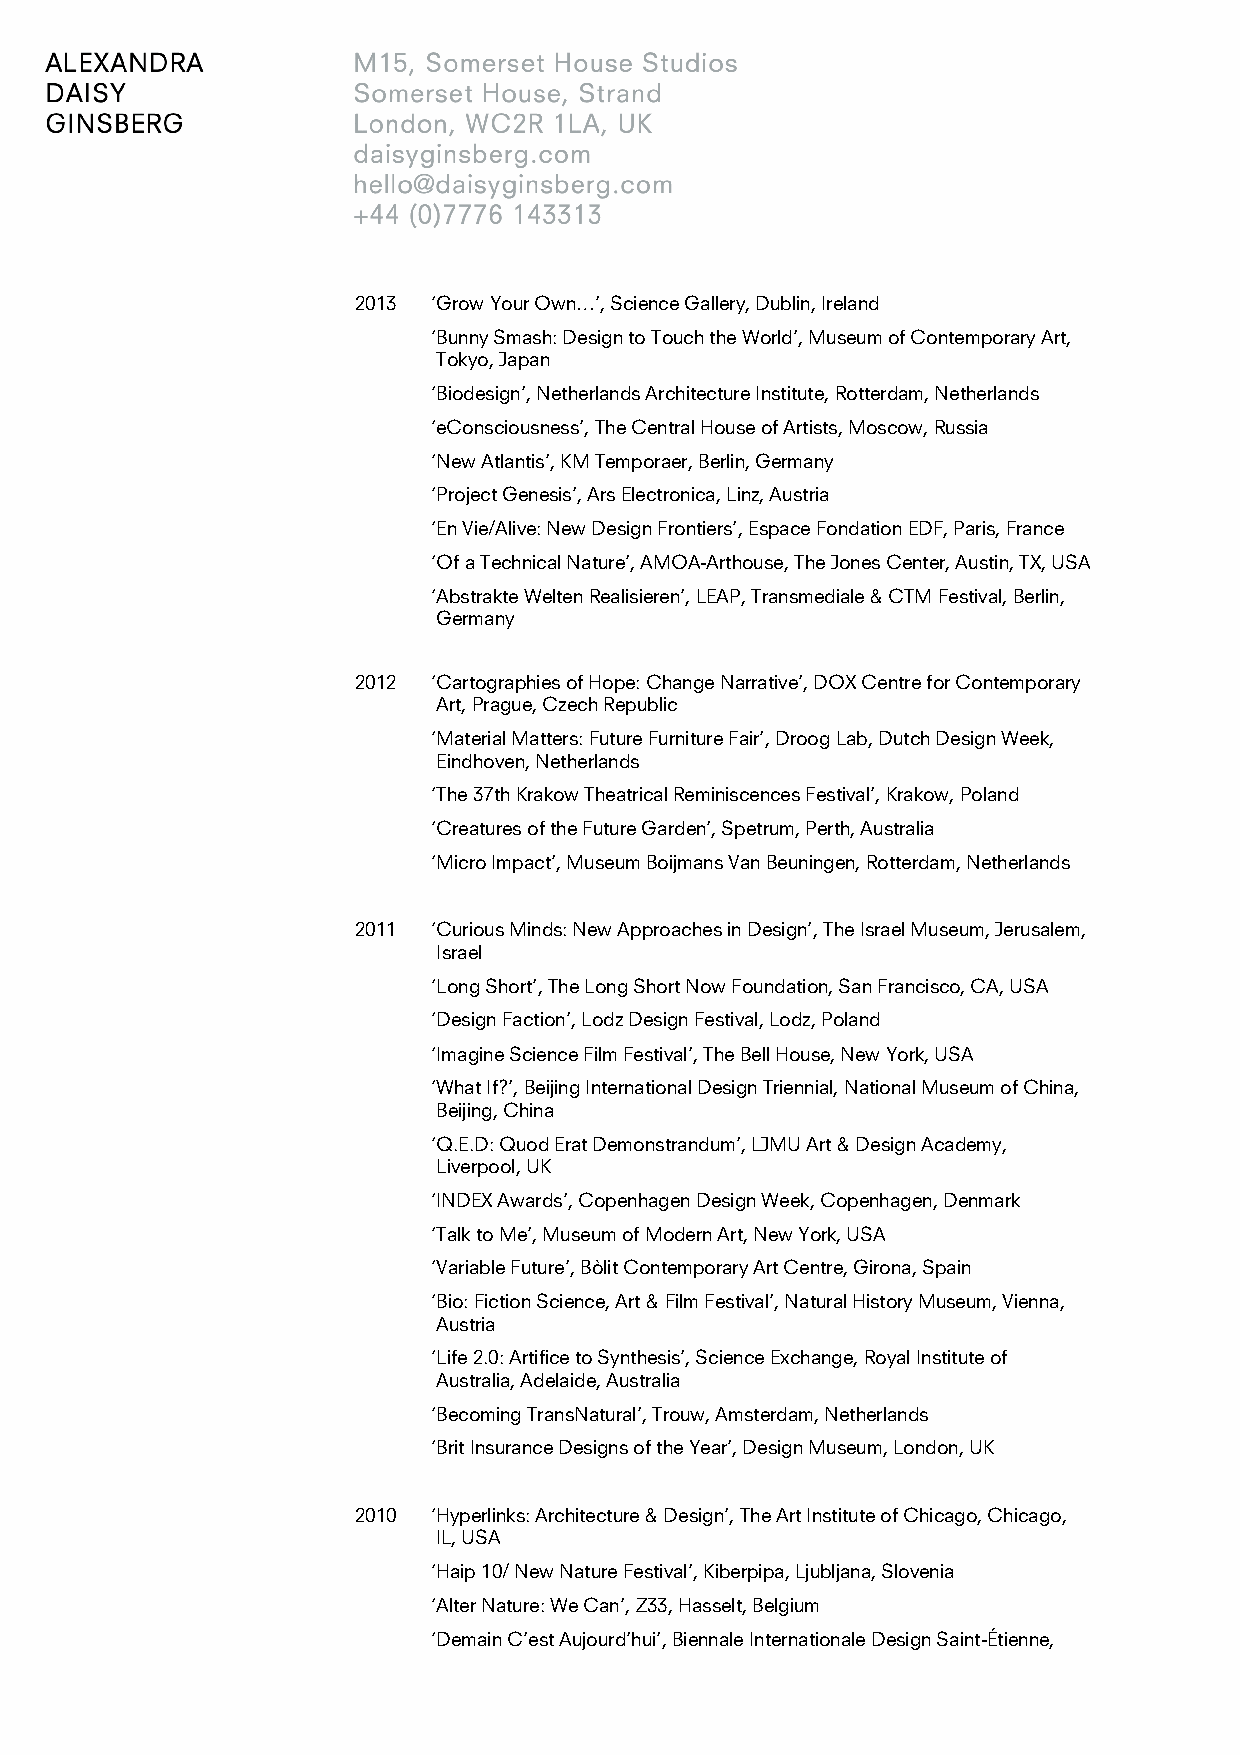
2013  ‘Grow Your Own…’, Science Gallery, Dublin, Ireland
 ‘Bunny Smash: Design to Touch the World’, Museum of Contemporary Art,
 Tokyo, Japan
 ‘Biodesign’, Netherlands Architecture Institute, Rotterdam, Netherlands
 ‘eConsciousness’, The Central House of Artists, Moscow, Russia
 ‘New Atlantis’, KM Temporaer, Berlin, Germany
 ‘Project Genesis’, Ars Electronica, Linz, Austria
 ‘En Vie/Alive: New Design Frontiers’, Espace Fondation EDF, Paris, France
 ‘Of a Technical Nature’, AMOA-Arthouse, The Jones Center, Austin, TX, USA
 ‘Abstrakte Welten Realisieren’, LEAP, Transmediale & CTM Festival, Berlin,
 Germany
 2012  ‘Cartographies of Hope: Change Narrative’, DOX Centre for Contemporary
 Art, Prague, Czech Republic
 ‘Material Matters: Future Furniture Fair’, Droog Lab, Dutch Design Week,
 Eindhoven, Netherlands
 ‘The 37th Krakow Theatrical Reminiscences Festival’, Krakow, Poland
 ‘Creatures of the Future Garden’, Spetrum, Perth, Australia
 ‘Micro Impact’, Museum Boijmans Van Beuningen, Rotterdam, Netherlands
 2011  ‘Curious Minds: New Approaches in Design’, The Israel Museum, Jerusalem,
 Israel
 ‘Long Short’, The Long Short Now Foundation, San Francisco, CA, USA
 ‘Design Faction’, Lodz Design Festival, Lodz, Poland
 ‘Imagine Science Film Festival’, The Bell House, New York, USA
 ‘What If?’, Beijing International Design Triennial, National Museum of China,
 Beijing, China
 ‘Q.E.D: Quod Erat Demonstrandum’, LJMU Art & Design Academy,
 Liverpool, UK
 ‘INDEX Awards’, Copenhagen Design Week, Copenhagen, Denmark
 ‘Talk to Me’, Museum of Modern Art, New York, USA
 ‘Variable Future’, Bòlit Contemporary Art Centre, Girona, Spain
 ‘Bio: Fiction Science, Art & Film Festival’, Natural History Museum, Vienna,
 Austria
 ‘Life 2.0: Artifice to Synthesis’, Science Exchange, Royal Institute of
 Australia, Adelaide, Australia
 ‘Becoming TransNatural’, Trouw, Amsterdam, Netherlands
 ‘Brit Insurance Designs of the Year’, Design Museum, London, UK
 2010  ‘Hyperlinks: Architecture & Design’, The Art Institute of Chicago, Chicago,
 IL, USA
 ‘Haip 10/ New Nature Festival’, Kiberpipa, Ljubljana, Slovenia
 ‘Alter Nature: We Can’, Z33, Hasselt, Belgium
 ‘Demain C’est Aujourd’hui’, Biennale Internationale Design Saint-Étienne,